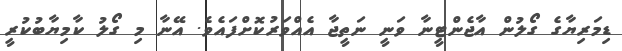
ޑިމަރިޔާގެ ގޯލުން އާޖެންޓީނާ ވަނީ ނަތީޖާ އެއްވަރުކޮށްފައެވެ. އޭނާ މި ގޯލު ކާމިޔާބުކުރީ